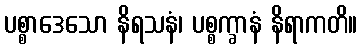
ပစ္စာဒေသော နိရသနံ၊ ပစ္စက္ခာနံ နိရာကတိ။